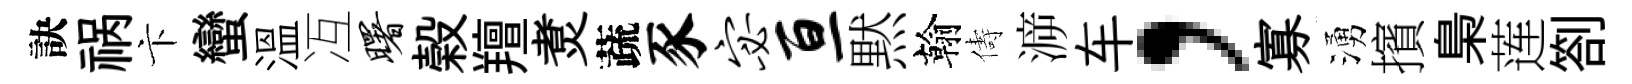
訣祸卞蠻溫冱曙榖羶煑蔬豕宓亘黙翰儔㴑车，寡湧擯梟莲劄